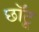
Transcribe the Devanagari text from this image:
छॉटू